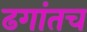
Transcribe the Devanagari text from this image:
ढगांतच